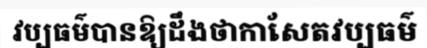
វប្បធម៌បានឱ្យដឹងថាកាសែតវប្បធម៌